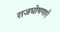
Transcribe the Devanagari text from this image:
राजघोषणाएँ